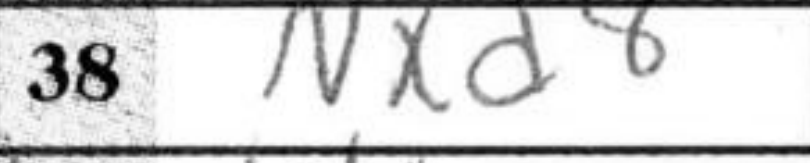
Transcription: Nxd8